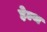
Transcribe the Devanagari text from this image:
हे़ल्थ